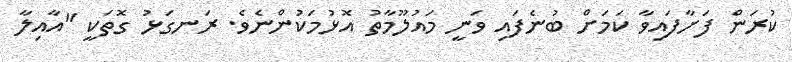
ކުރަން ފަށާފައިވާ ކަމަށް ބުނެފައި ވަނީ މައުލޫމާތު އޮޅުމަކުންނެވެ. ރަނގަޅު ގޮތަކީ "އާއިލާ